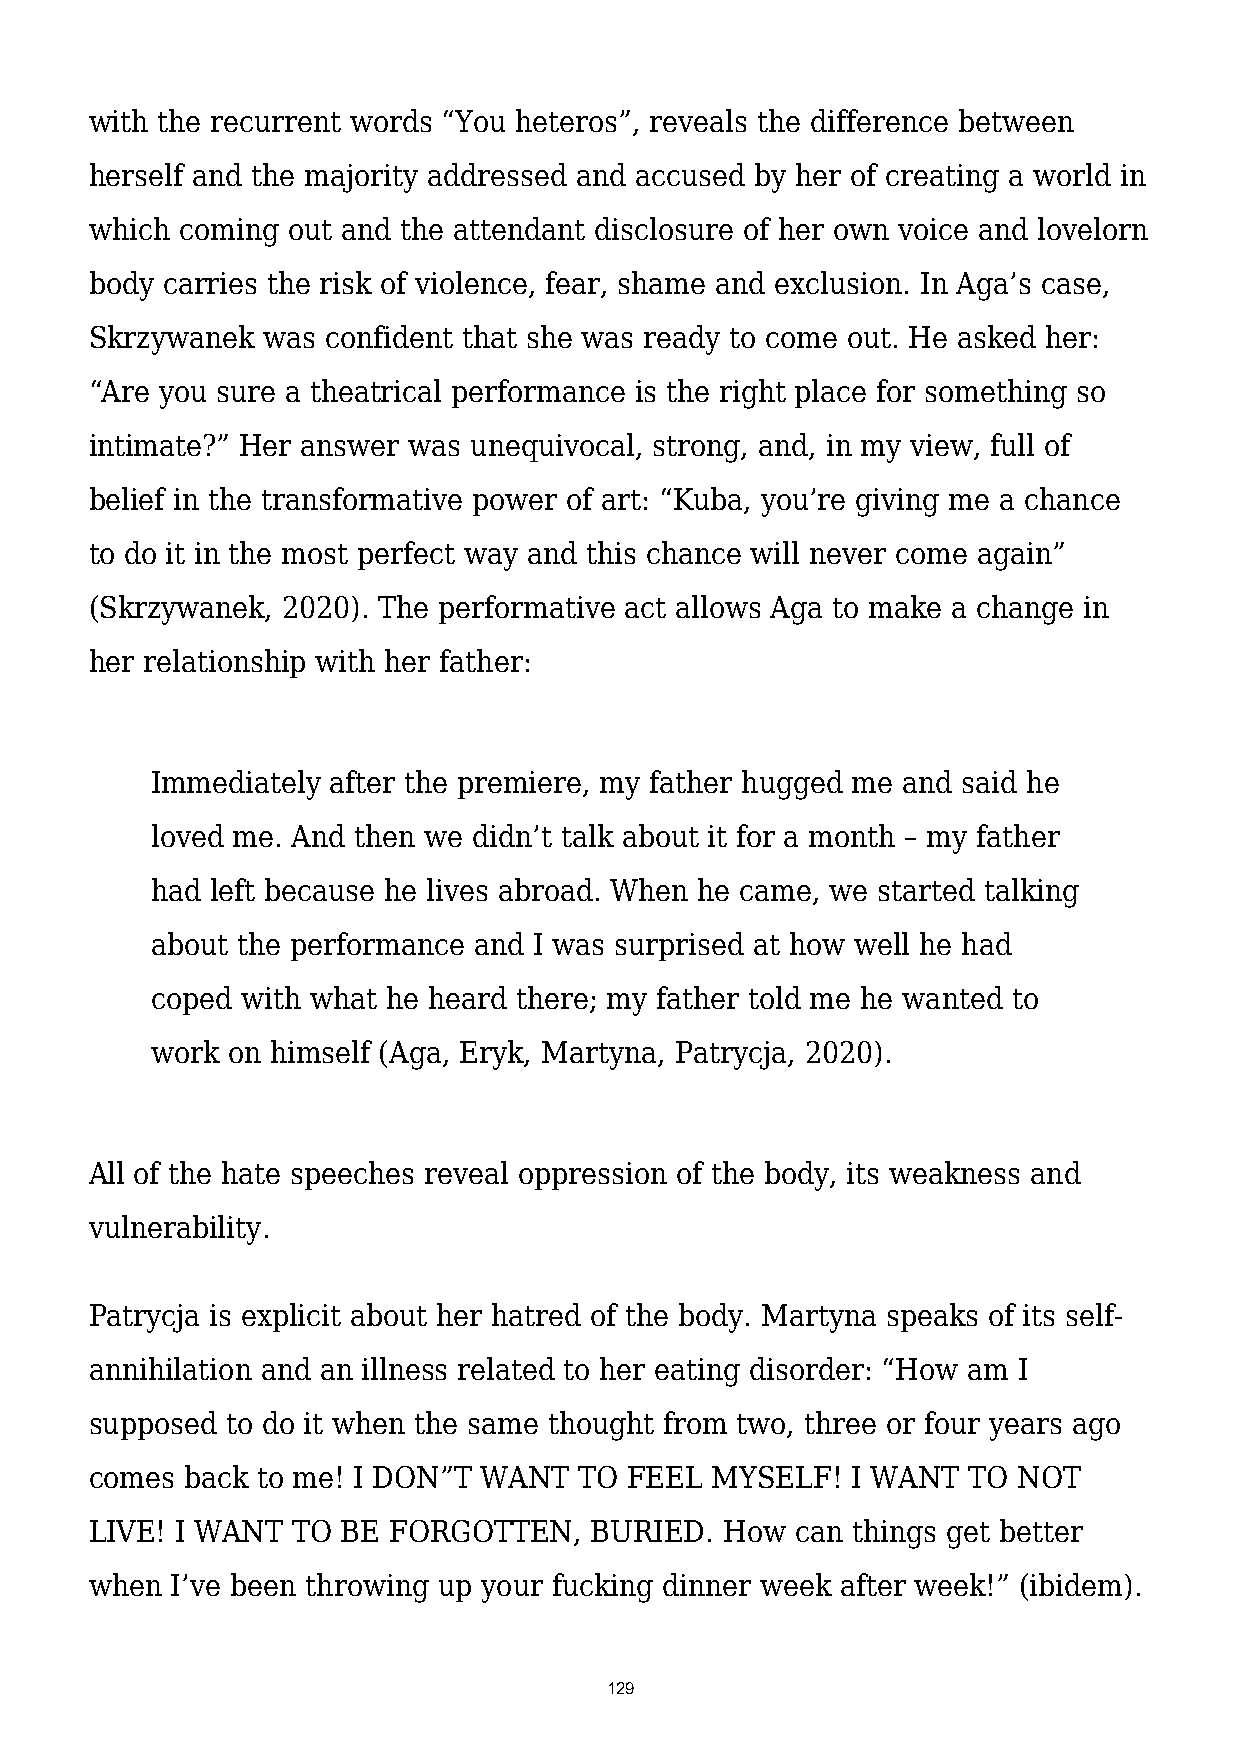
with the recurrent words “You heteros”, reveals the difference between
 herself and the majority addressed and accused by her of creating a world in
 which coming out and the attendant disclosure of her own voice and lovelorn
 body carries the risk of violence, fear, shame and exclusion. In Aga’s case,
 Skrzywanek was  confident that she was ready to come out. He asked her:
 “Are you sure a theatrical performance is the right place for something so
 intimate?” Her answer was unequivocal, strong, and, in my view, full of
 belief in the transformative power of art: “Kuba, you’re giving me a chance
 to do it in the most perfect way and this chance will never come again”
 (Skrzywanek, 2020). The performative act allows Aga to make a change in
 her relationship with her father:
 Immediately after the premiere, my father hugged me and said he
 loved me. And then we didn’t talk about it for a month – my father
 had left because he lives abroad. When he came, we started talking
 about the performance and I was surprised at how well he had
 coped with what he heard there; my father told me he wanted to
 work on himself (Aga, Eryk, Martyna, Patrycja, 2020).
 All of the hate speeches reveal oppression of the body, its weakness and
 vulnerability.
 Patrycja is explicit about her hatred of the body. Martyna speaks of its self-
 annihilation and an illness related to her eating disorder: “How am I
 supposed to do it when the same thought from two, three or four years ago
 comes back to me! I DON”T WANT  TO  FEEL MYSELF!  I WANT  TO NOT
 LIVE! I WANT TO  BE FORGOTTEN,   BURIED.  How  can things get better
 when I’ve been throwing up your fucking dinner week after week!” (ibidem).
 129